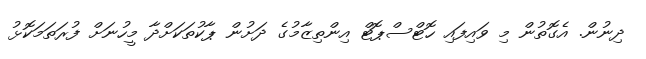
ދިނުން. އެގޮތުން މި ވައިފައި ހޮޓްސްޕޮޓް އިިންތިޒާމުގެ ދަށުން ޕާކުތަކަށްދާ މީހުނަށް ފުރަތަމަކޮޅު